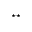
^ { \star \star }